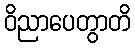
ဝိညာပေတွာတိ